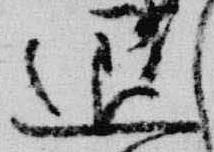
退